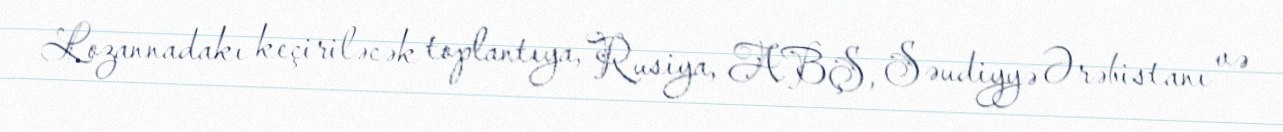
Lozannadakı keçiriləcək toplantıya, Rusiya, ABŞ, Səudiyyə Ərəbistanı və